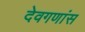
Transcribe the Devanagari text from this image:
देवगणांस